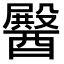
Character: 𮡆